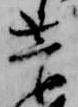
菅